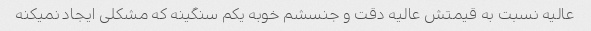
عالیه نسبت به قیمتش عالیه دقت و جنسشم خوبه یکم سنگینه که مشکلی ایجاد نمیکنه